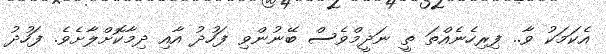
އެކަމަކު ވާ.. ފިރިހެނެއްތަ ތީ ނަދީމްވެސް ބޭނުންވި ފަހުދު އާއި ދިމާކޮށްލާށެވެ. ފަހުދު